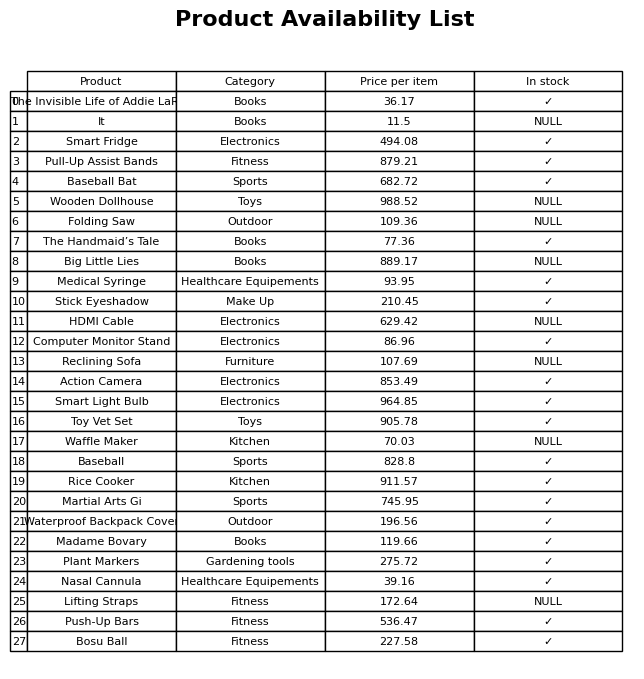
question: What is the price of the Smart Light Bulb?
answer: The price of Smart Light Bulb is 964.85.